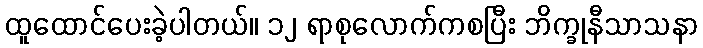
ထူထောင်ပေးခဲ့ပါတယ်။ ၁၂ ရာစုလောက်ကစပြီး ဘိက္ခုနီသာသနာ